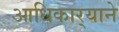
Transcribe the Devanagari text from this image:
आधिकार्‍याने